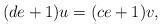
LaTeX: \begin{align*}(de+1)u=(ce+1)v,\end{align*}